65_HS1-834228961_62-HQ-83894_Section_6
Agency: FBI
Page 17
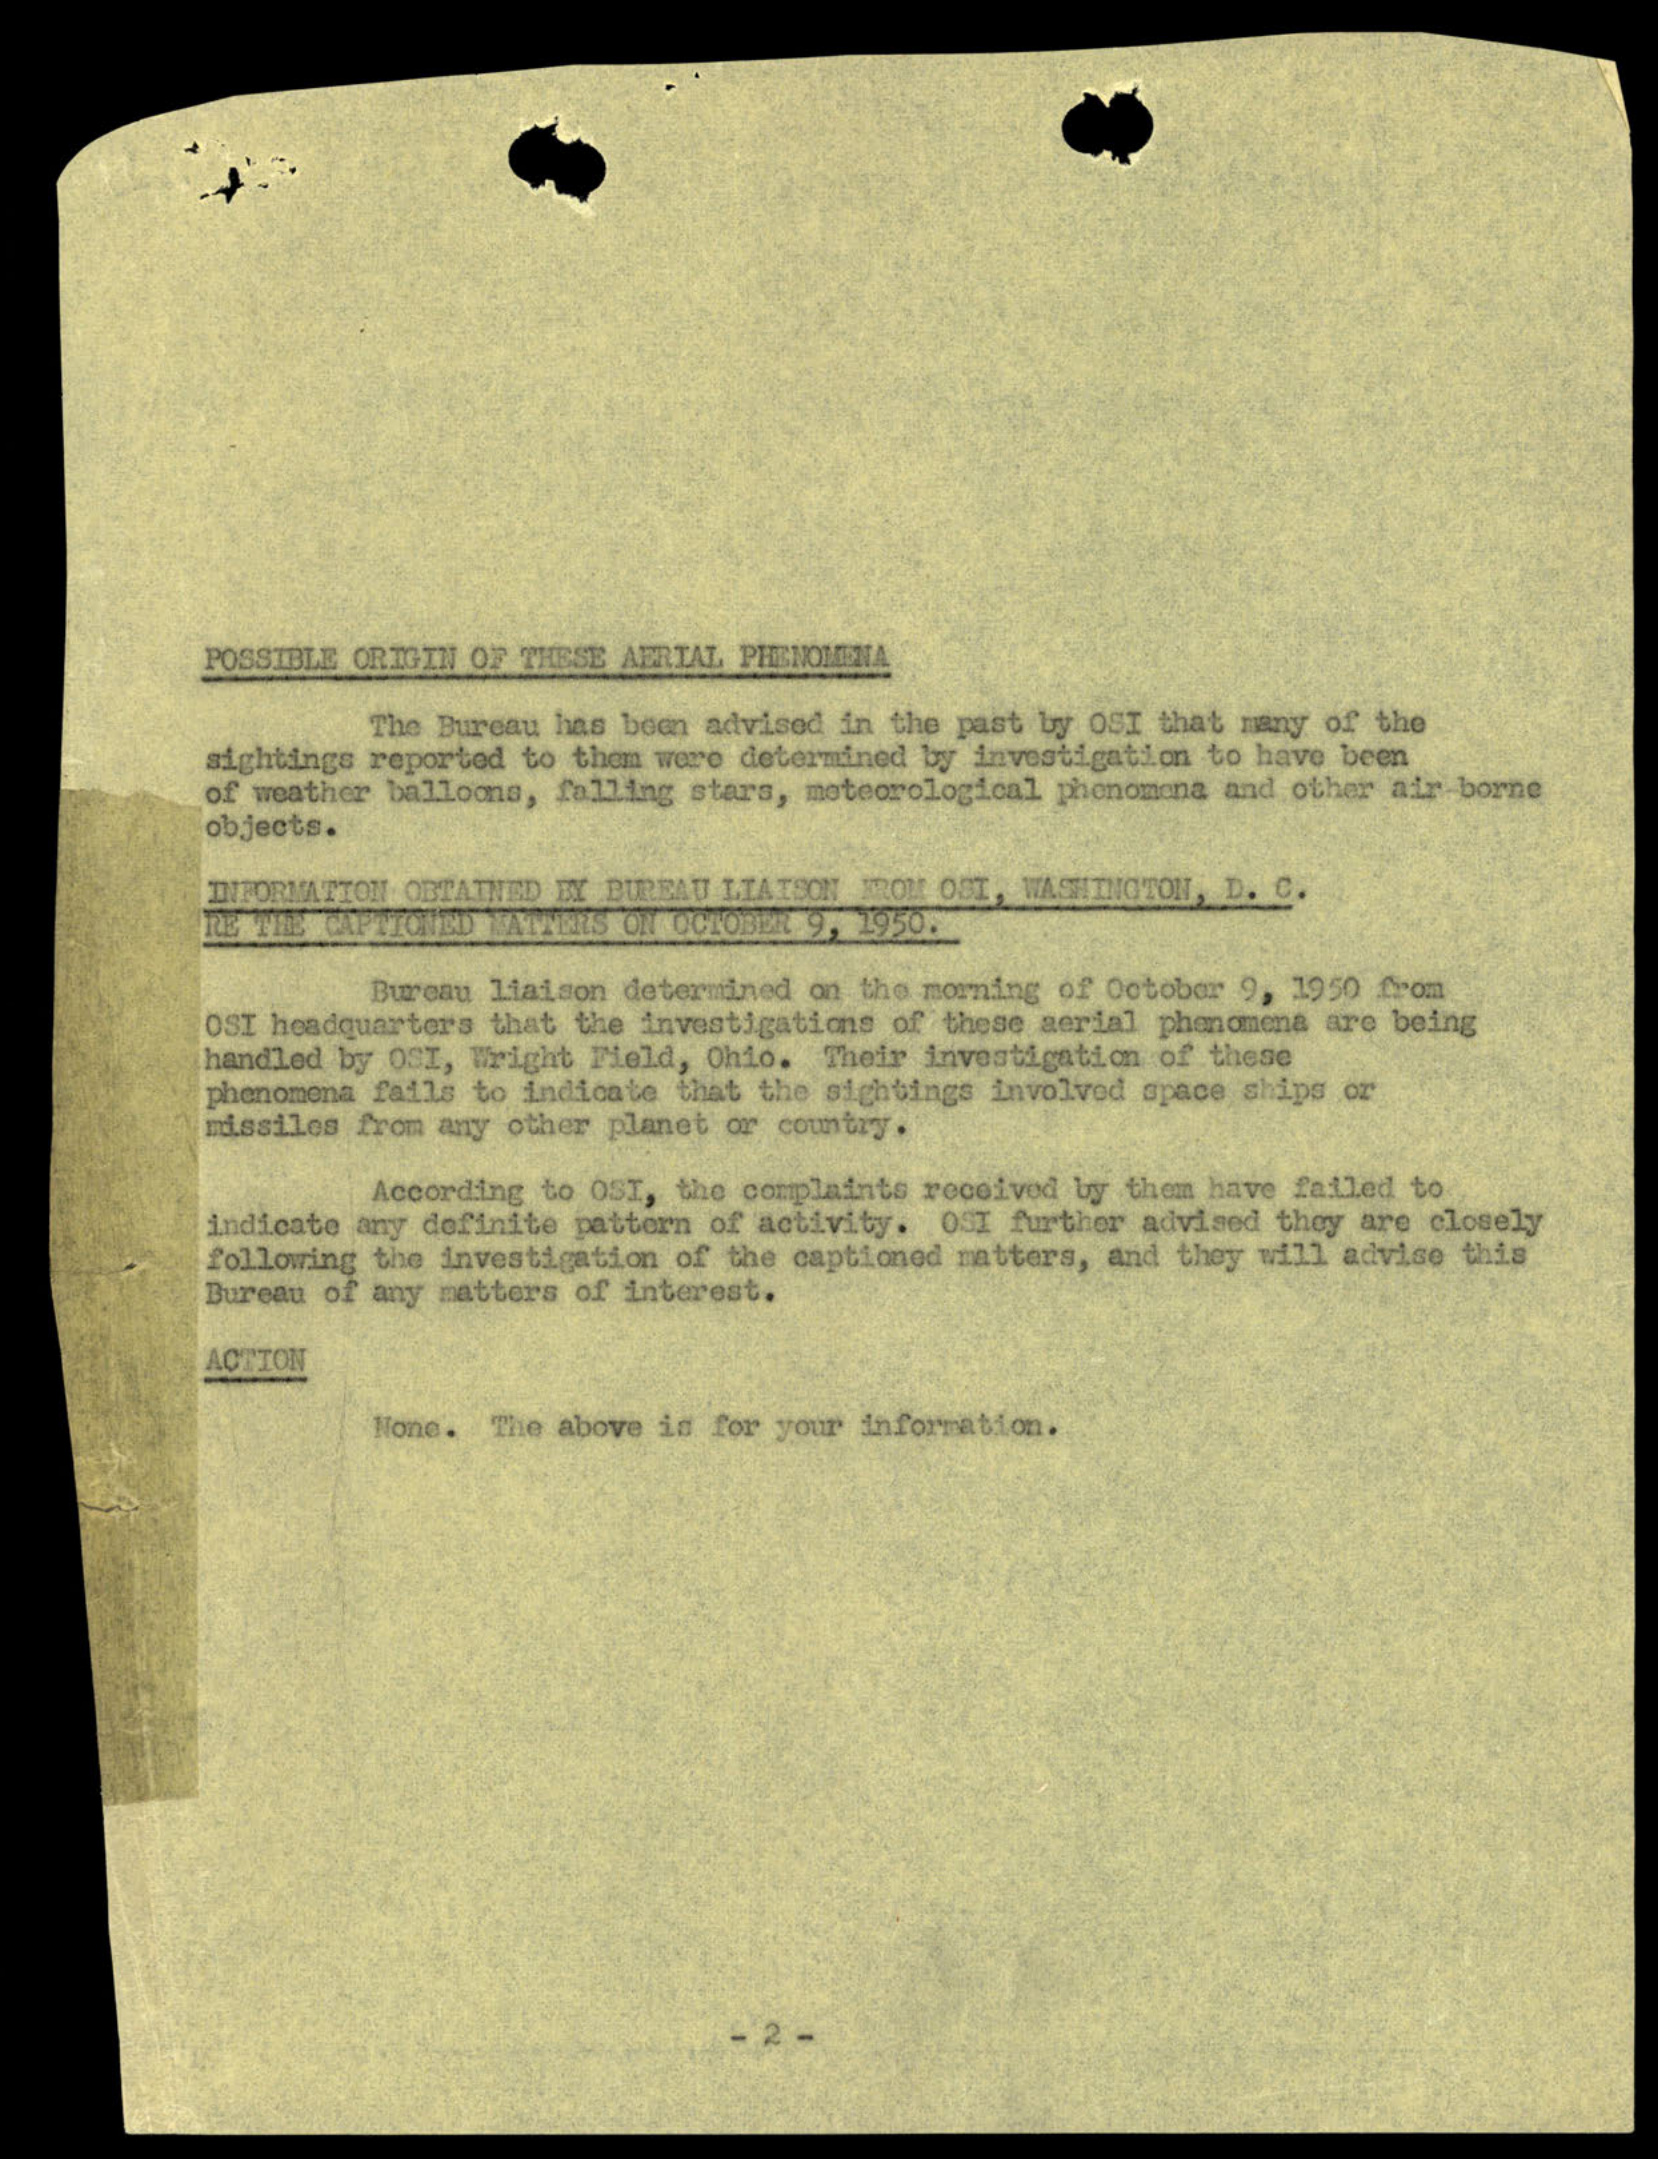